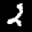
Label: 2